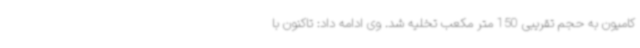
کامیون به حجم تقریبی 150 متر مکعب تخلیه شد. وی ادامه داد: تاکنون با